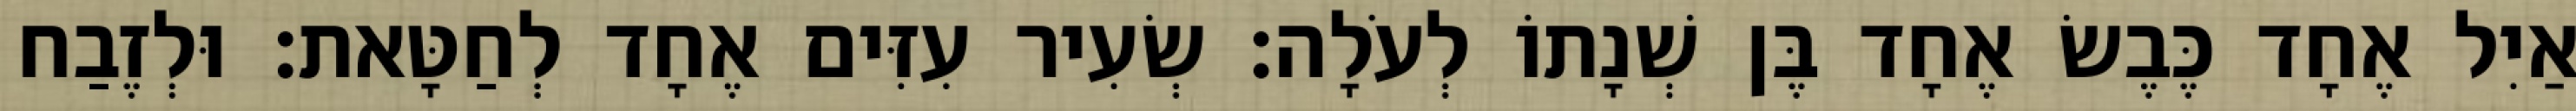
אַיִל אֶחָד כֶּבֶשׂ אֶחָד בֶּן שְׁנָתוֹ לְעֹלָה׃ שְׂעִיר עִזִּים אֶחָד לְחַטָּאת׃ וּלְזֶבַח